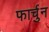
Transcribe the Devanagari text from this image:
फार्चुन